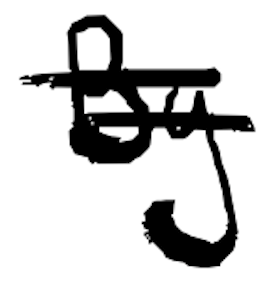
Text: By
Cross-out: double-line
Writing tool: digital_black